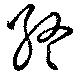
終